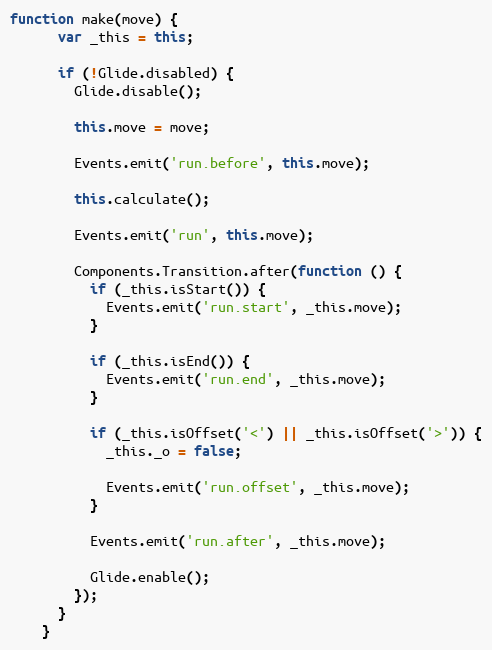
Language: JavaScript
function make(move) {
      var _this = this;

      if (!Glide.disabled) {
        Glide.disable();

        this.move = move;

        Events.emit('run.before', this.move);

        this.calculate();

        Events.emit('run', this.move);

        Components.Transition.after(function () {
          if (_this.isStart()) {
            Events.emit('run.start', _this.move);
          }

          if (_this.isEnd()) {
            Events.emit('run.end', _this.move);
          }

          if (_this.isOffset('<') || _this.isOffset('>')) {
            _this._o = false;

            Events.emit('run.offset', _this.move);
          }

          Events.emit('run.after', _this.move);

          Glide.enable();
        });
      }
    }